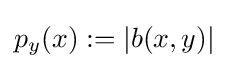
p_{y}(x):=|b(x,y)|